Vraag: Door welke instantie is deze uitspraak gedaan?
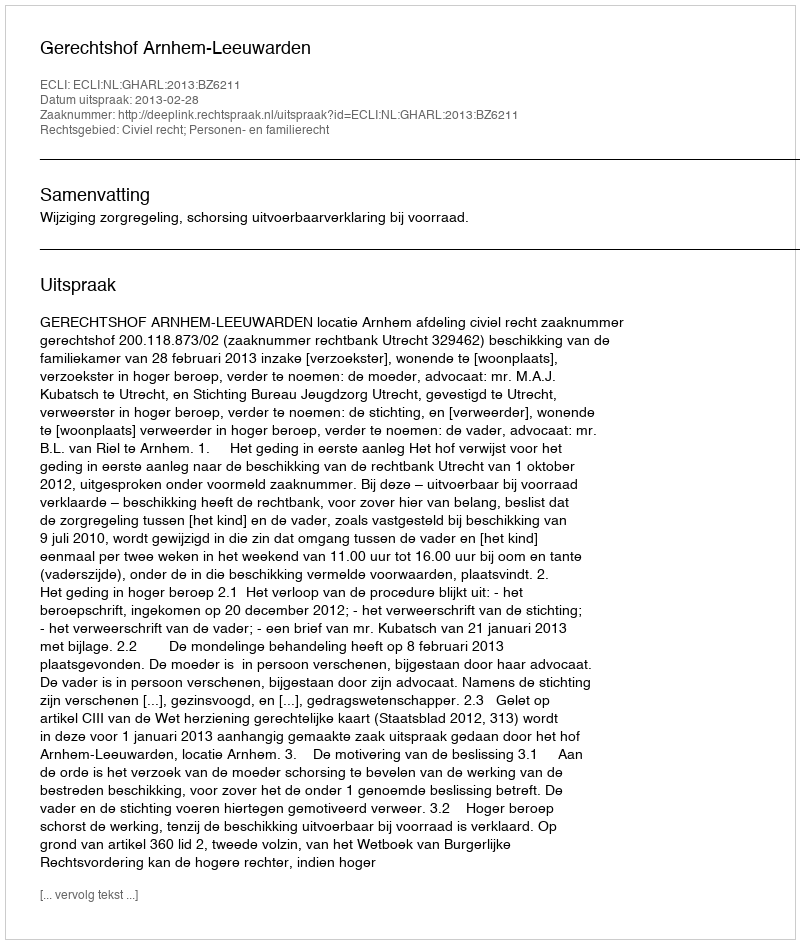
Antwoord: Gerechtshof Arnhem-Leeuwarden